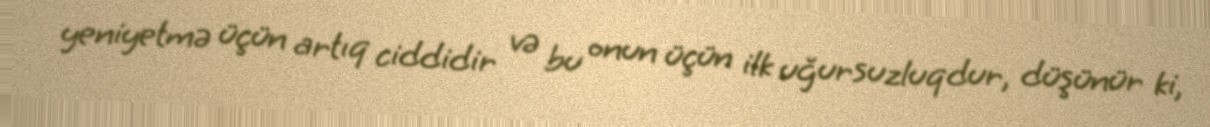
yeniyetmə üçün artıq ciddidir və bu onun üçün ilk uğursuzluqdur, düşünür ki,